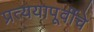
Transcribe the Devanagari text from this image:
प्रत्ययापूर्वीचे